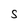
Character: S